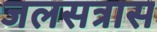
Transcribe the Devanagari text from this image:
जलसत्रास